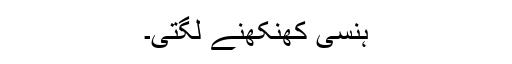
ہنسی کھنکھنے لگتی۔